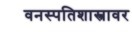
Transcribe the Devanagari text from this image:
वनस्पतिशास्त्रावर